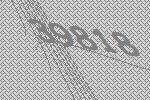
39818